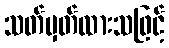
သတ်မှတ်ထားသဖြင့်